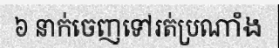
៦ នាក់ចេញទៅរត់ប្រណាំង